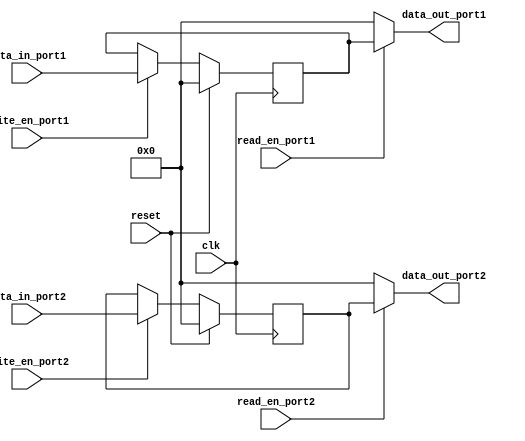
module dual_port_reg (
    input wire clk,
    input wire reset,
    input wire [31:0] data_in_port1,
    input wire [31:0] data_in_port2,
    input wire read_en_port1,
    input wire read_en_port2,
    input wire write_en_port1,
    input wire write_en_port2,
    output reg [31:0] data_out_port1,
    output reg [31:0] data_out_port2
);

reg [31:0] reg_port1;
reg [31:0] reg_port2;

always @(posedge clk) begin
    if (reset) begin
        reg_port1 <= 0;
        reg_port2 <= 0;
    end else begin
        if (write_en_port1) begin
            reg_port1 <= data_in_port1;
        end
        if (write_en_port2) begin
            reg_port2 <= data_in_port2;
        end
    end
end

always @* begin
    if (read_en_port1) begin
        data_out_port1 = reg_port1;
    end else begin
        data_out_port1 = 0;
    end
    
    if (read_en_port2) begin
        data_out_port2 = reg_port2;
    end else begin
        data_out_port2 = 0;
    end
end

endmodule